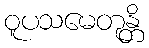
ဝူပသမေတုန္တိ